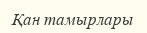
Қан тамырлары